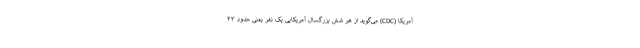
آمریکا (CDC) می‌گوید از هر شش بزرگسال آمریکایی یک نفر یعنی حدود ۴۳